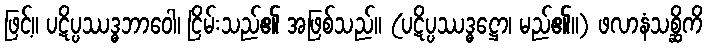
ဖြင့်။ ပဋိပ္ပဿဒ္ဓဘာဝေါ၊ ငြိမ်းသည်၏ အဖြစ်သည်။ (ပဋိပ္ပဿဒ္ဓဋ္ဌော၊ မည်၏။) ဖလာနံသစ္ဆိကိ